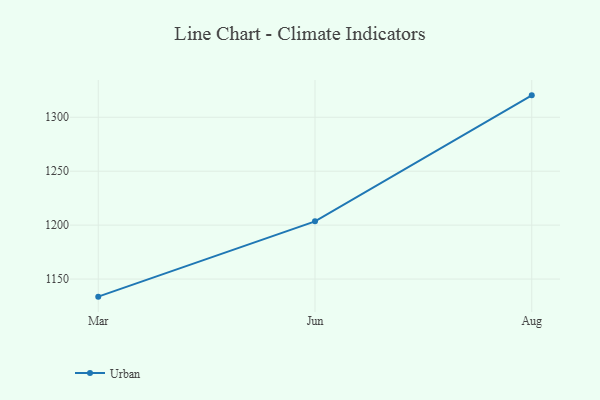
{"axis": {"x": "Month", "y": "Active Users"}, "legend": ["Urban"], "data": [{"x": "Mar", "y": 1133.7, "type": "Urban"}, {"x": "Jun", "y": 1203.5, "type": "Urban"}, {"x": "Aug", "y": 1320.3, "type": "Urban"}]}